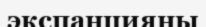
экспанцияны